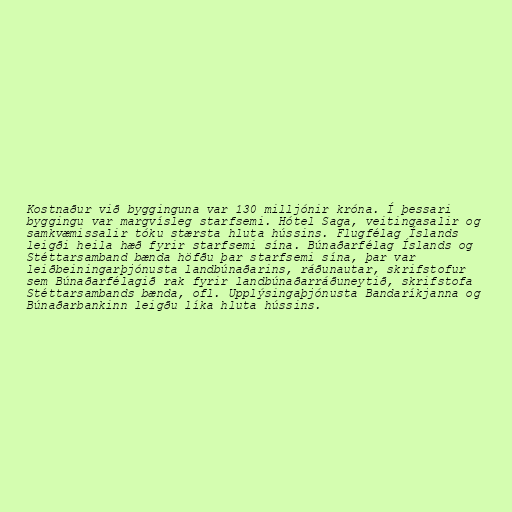
Kostnaður við bygginguna var 130 milljónir króna. Í þessari
byggingu var margvísleg starfsemi. Hótel Saga, veitingasalir og
samkvæmissalir tóku stærsta hluta hússins. Flugfélag Íslands
leigði heila hæð fyrir starfsemi sína. Búnaðarfélag Íslands og
Stéttarsamband bænda höfðu þar starfsemi sína, þar var
leiðbeiningarþjónusta landbúnaðarins, ráðunautar, skrifstofur
sem Búnaðarfélagið rak fyrir landbúnaðarráðuneytið, skrifstofa
Stéttarsambands bænda, ofl. Upplýsingaþjónusta Bandaríkjanna og
Búnaðarbankinn leigðu líka hluta hússins.